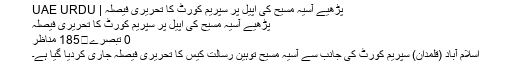
پڑھیے آسیہ مسیح کی اپیل پر سپریم کورٹ کا تحریری فیصلہ | UAE URDU
پڑھیے آسیہ مسیح کی اپیل پر سپریم کورٹ کا تحریری فیصلہ
0 تبصرے	185 مناظر
اسلام آباد (قلمدان) سپریم کورٹ کی جانب سے آسیہ مسیح توہین رسالت کیس کا تحریری فیصلہ جاری کردیا گیا ہے۔